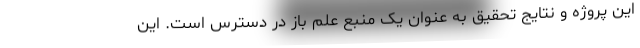
این پروژه و نتایج تحقیق به عنوان یک منبع علم باز در دسترس است. این